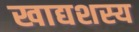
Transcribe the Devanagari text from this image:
खाद्यशस्य